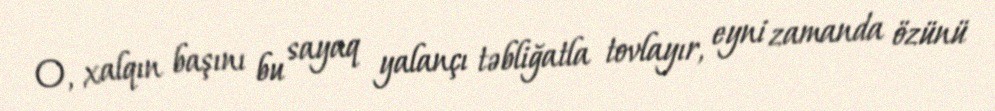
O, xalqın başını bu sayaq yalançı təbliğatla tovlayır, eyni zamanda özünü